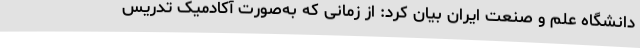
دانشگاه علم و صنعت ایران بیان کرد: از زمانی که به‌صورت آکادمیک تدریس